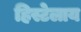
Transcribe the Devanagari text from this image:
हिस्टेलाय